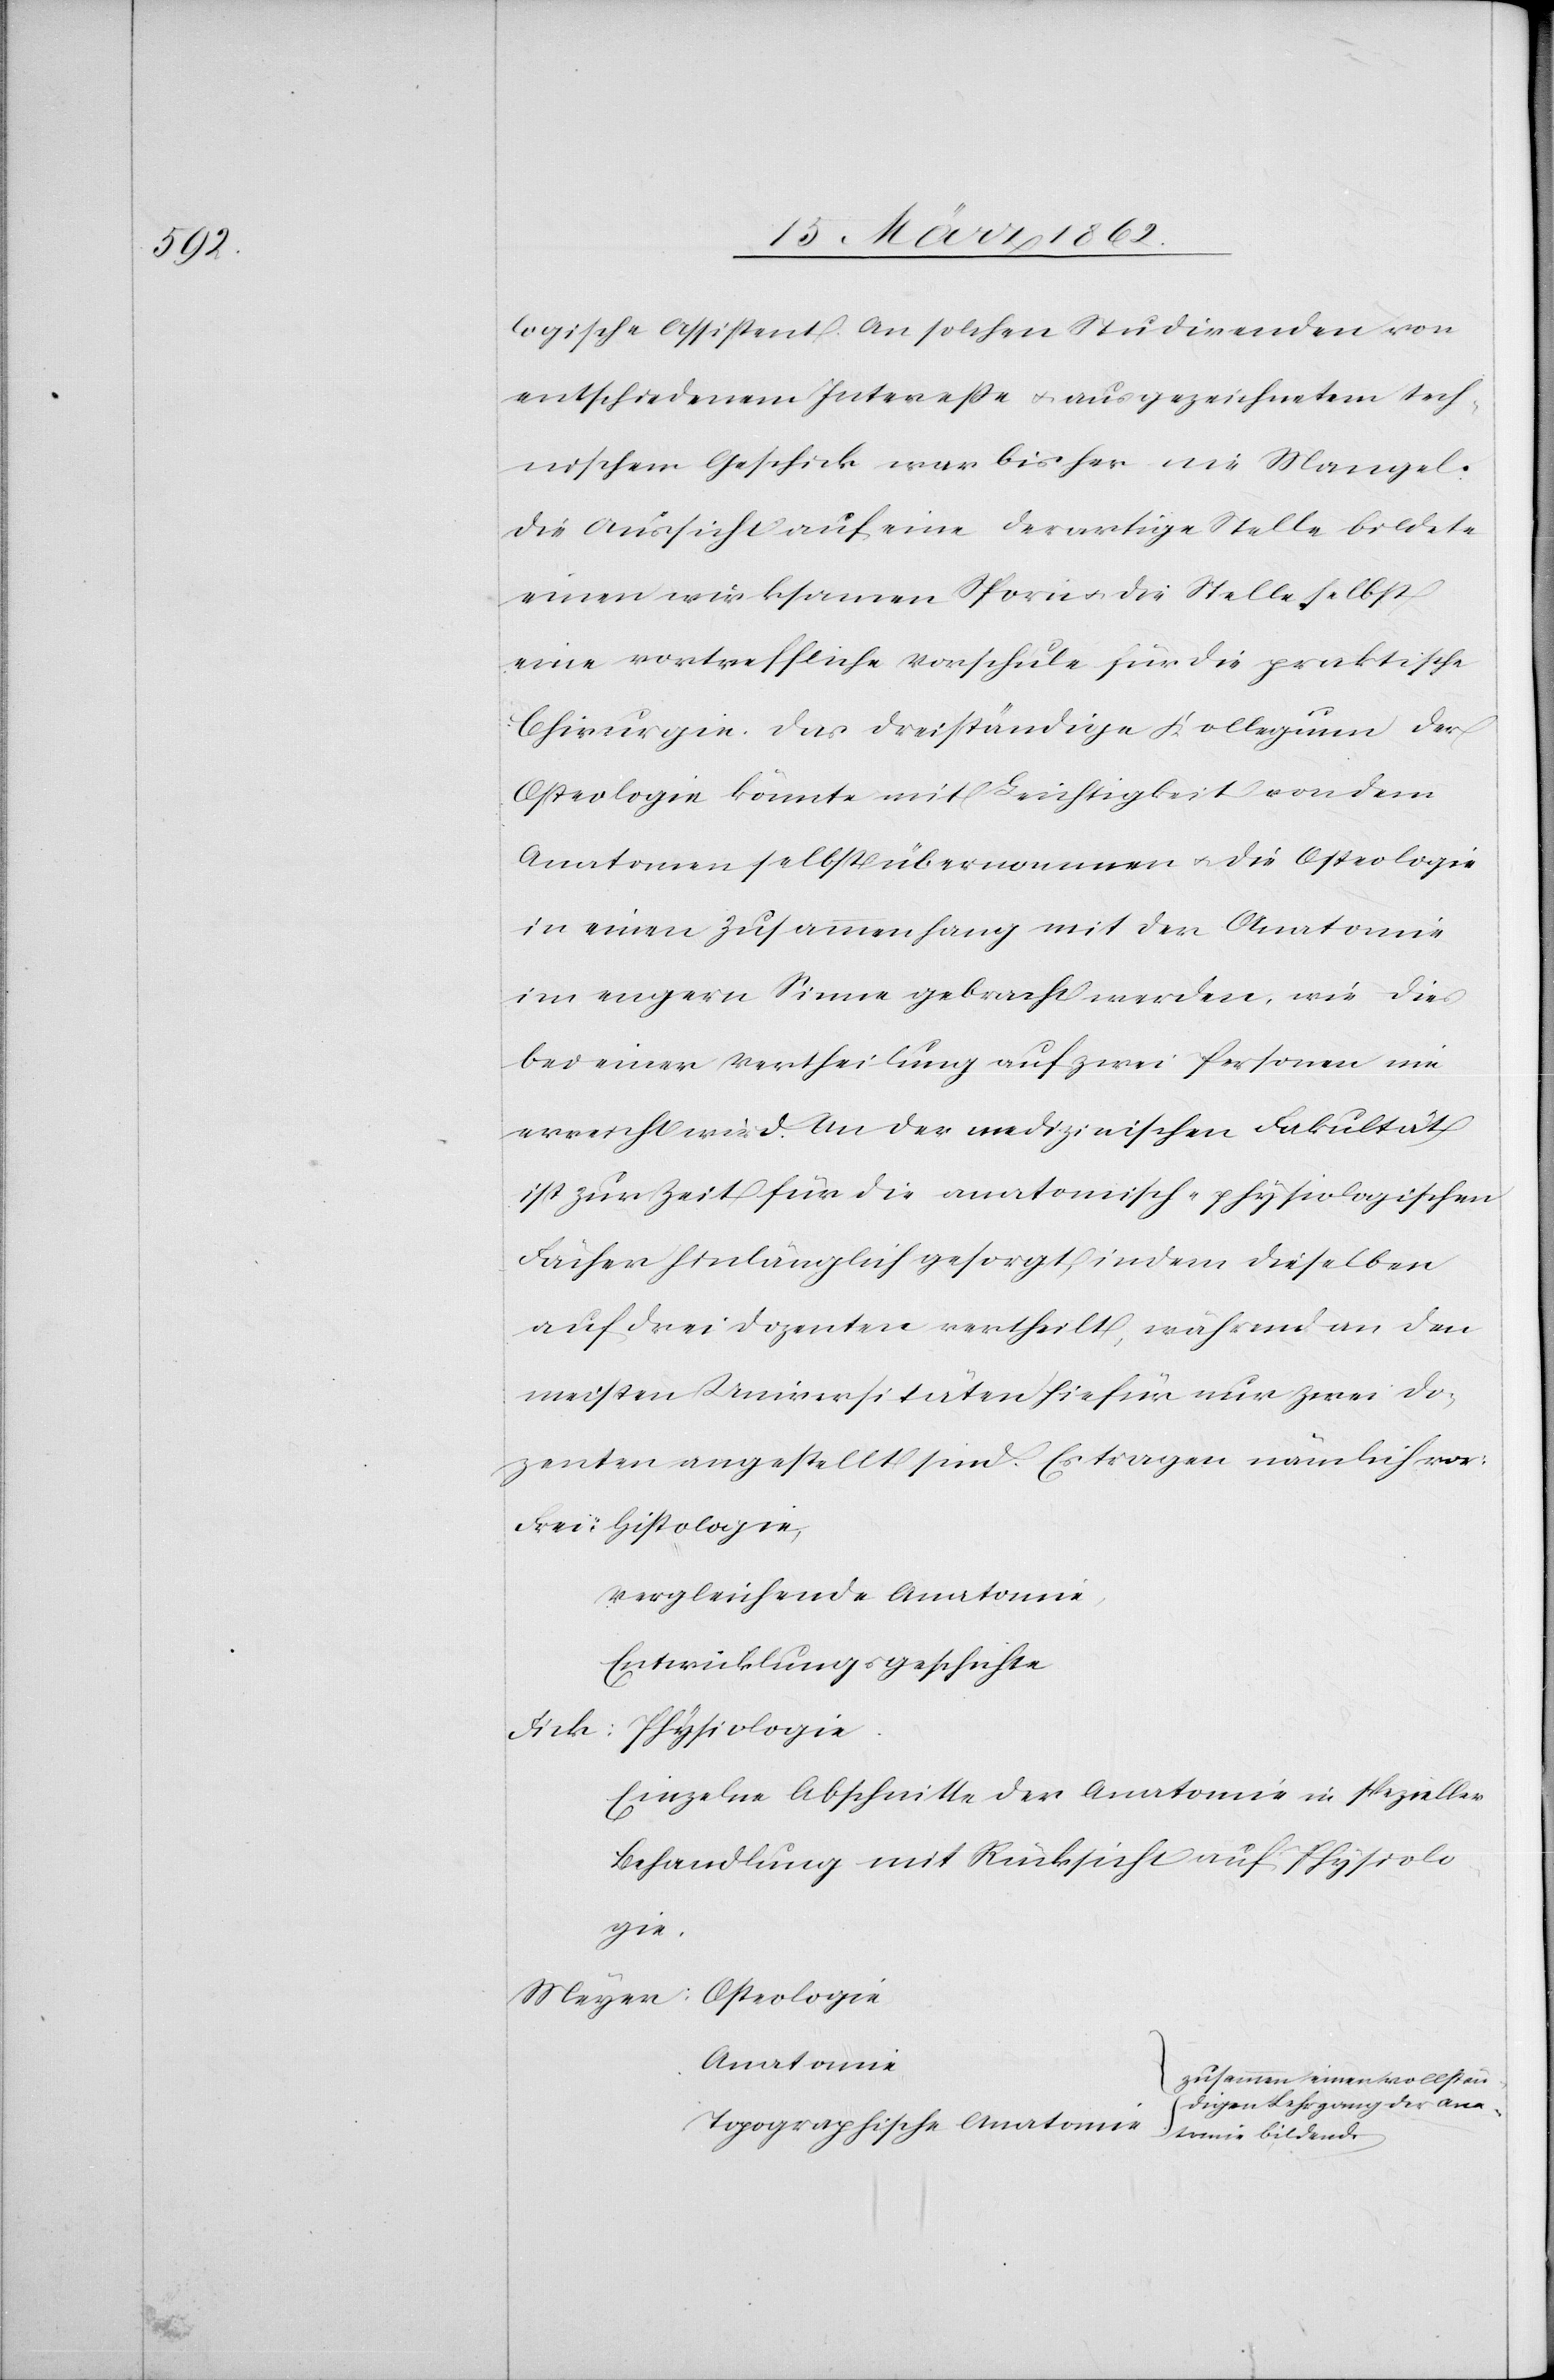
tomie

logische Assistent. An solchen Studirenden von
entschiedenem Intereße u. ausgezeichnetem tech¬
nischem Geschick war bisher nie Mangel.
Die Aussicht auf eine derartige Stelle bildete
einen wirksamen Sporn u. die Stelle selbst
eine vortreffliche Vorschule für die praktische
Chirurgie. Das dreistündige Kollegium der
Osteologie könnte mit Leichtigkeit von dem
Anatomen selbst übernommen u. die Osteologie
in einen Zusammenhang mit der Anatomie
im engern Sinne gebracht werden, wie dies
bei einer Vertheilung auf zwei Personen nie
erreicht wird. An der medizinischen Fakultät
ist zur Zeit für die anatomisch-physiologischen
Fächer hinlänglich gesorgt, indem dieselben
auf drei Dozenten vertheilt, während an den
meisten Universitäten hiefür nur zwei Do¬
zenten angestellt sind. Es tragen nämlich vor:
Vergleichende Anatomie,
Entwicklungsgeschichte
Einzelne Abschnitte der Anatomie in spezieller
Behandlung mit Rücksicht auf Physiol¬
Meyer:
Anatomie
zusammen einen vollstän¬
digen Lehrgang der Ana¬